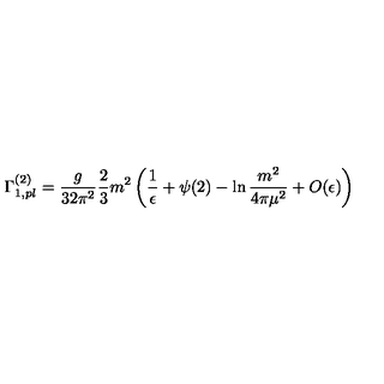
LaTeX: \Gamma _ { 1 , p l } ^ { ( 2 ) } = \frac { g } { 3 2 \pi ^ { 2 } } \frac 2 3 m ^ { 2 } \left( \frac { 1 } { \epsilon } + \psi ( 2 ) - \ln \frac { m ^ { 2 } } { 4 \pi \mu ^ { 2 } } + O ( \epsilon ) \right)